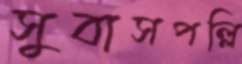
সুবাসপল্লি